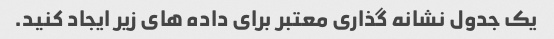
یک جدول نشانه گذاری معتبر برای داده های زیر ایجاد کنید.